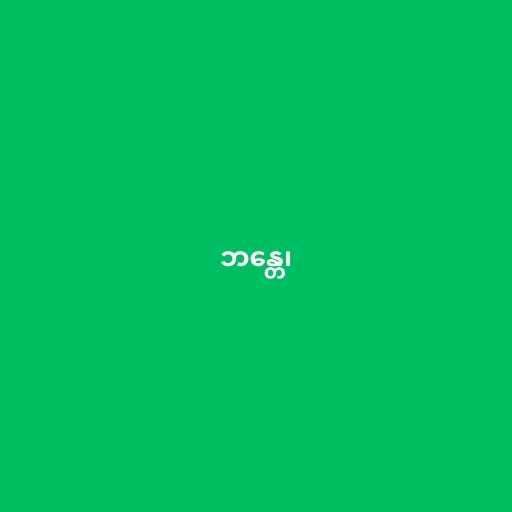
ဘန္တေ၊